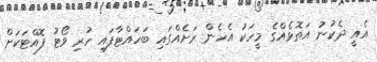
އެއީ ދެކުނު އަތޮޅެއްގެ މީހަކު އެހެން ރަށެއްގައި ބަހައްޓާފައި ހުރި ވޯޓު ފޮއްޓަކަށް